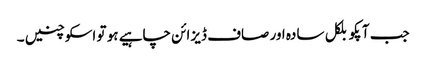
جب آپکو بلکل سادہ اور صاف ڈیزائن چاہیے ہو تو اسکو چنیں ۔